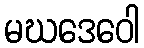
မဃဒေဝေါ